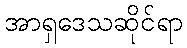
အာရှဒေသဆိုင်ရာ